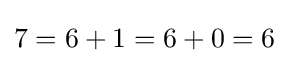
7=6+1=6+0=6